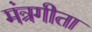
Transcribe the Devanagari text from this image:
मंत्रगीता